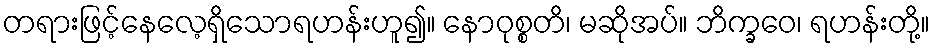
တရားဖြင့်နေလေ့ရှိသောရဟန်းဟူ၍။ နောဝုစ္စတိ၊ မဆိုအပ်။ ဘိက္ခဝေ၊ ရဟန်းတို့။